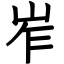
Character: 岝